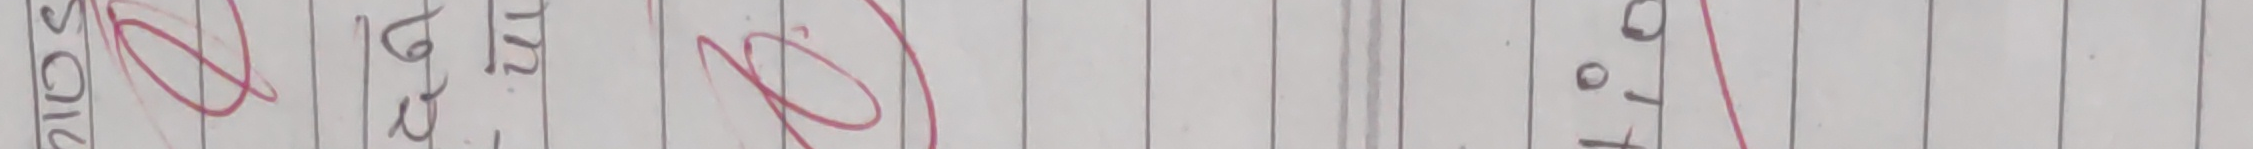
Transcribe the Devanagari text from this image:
६२.१२.२०७